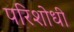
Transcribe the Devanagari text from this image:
परिशोधी